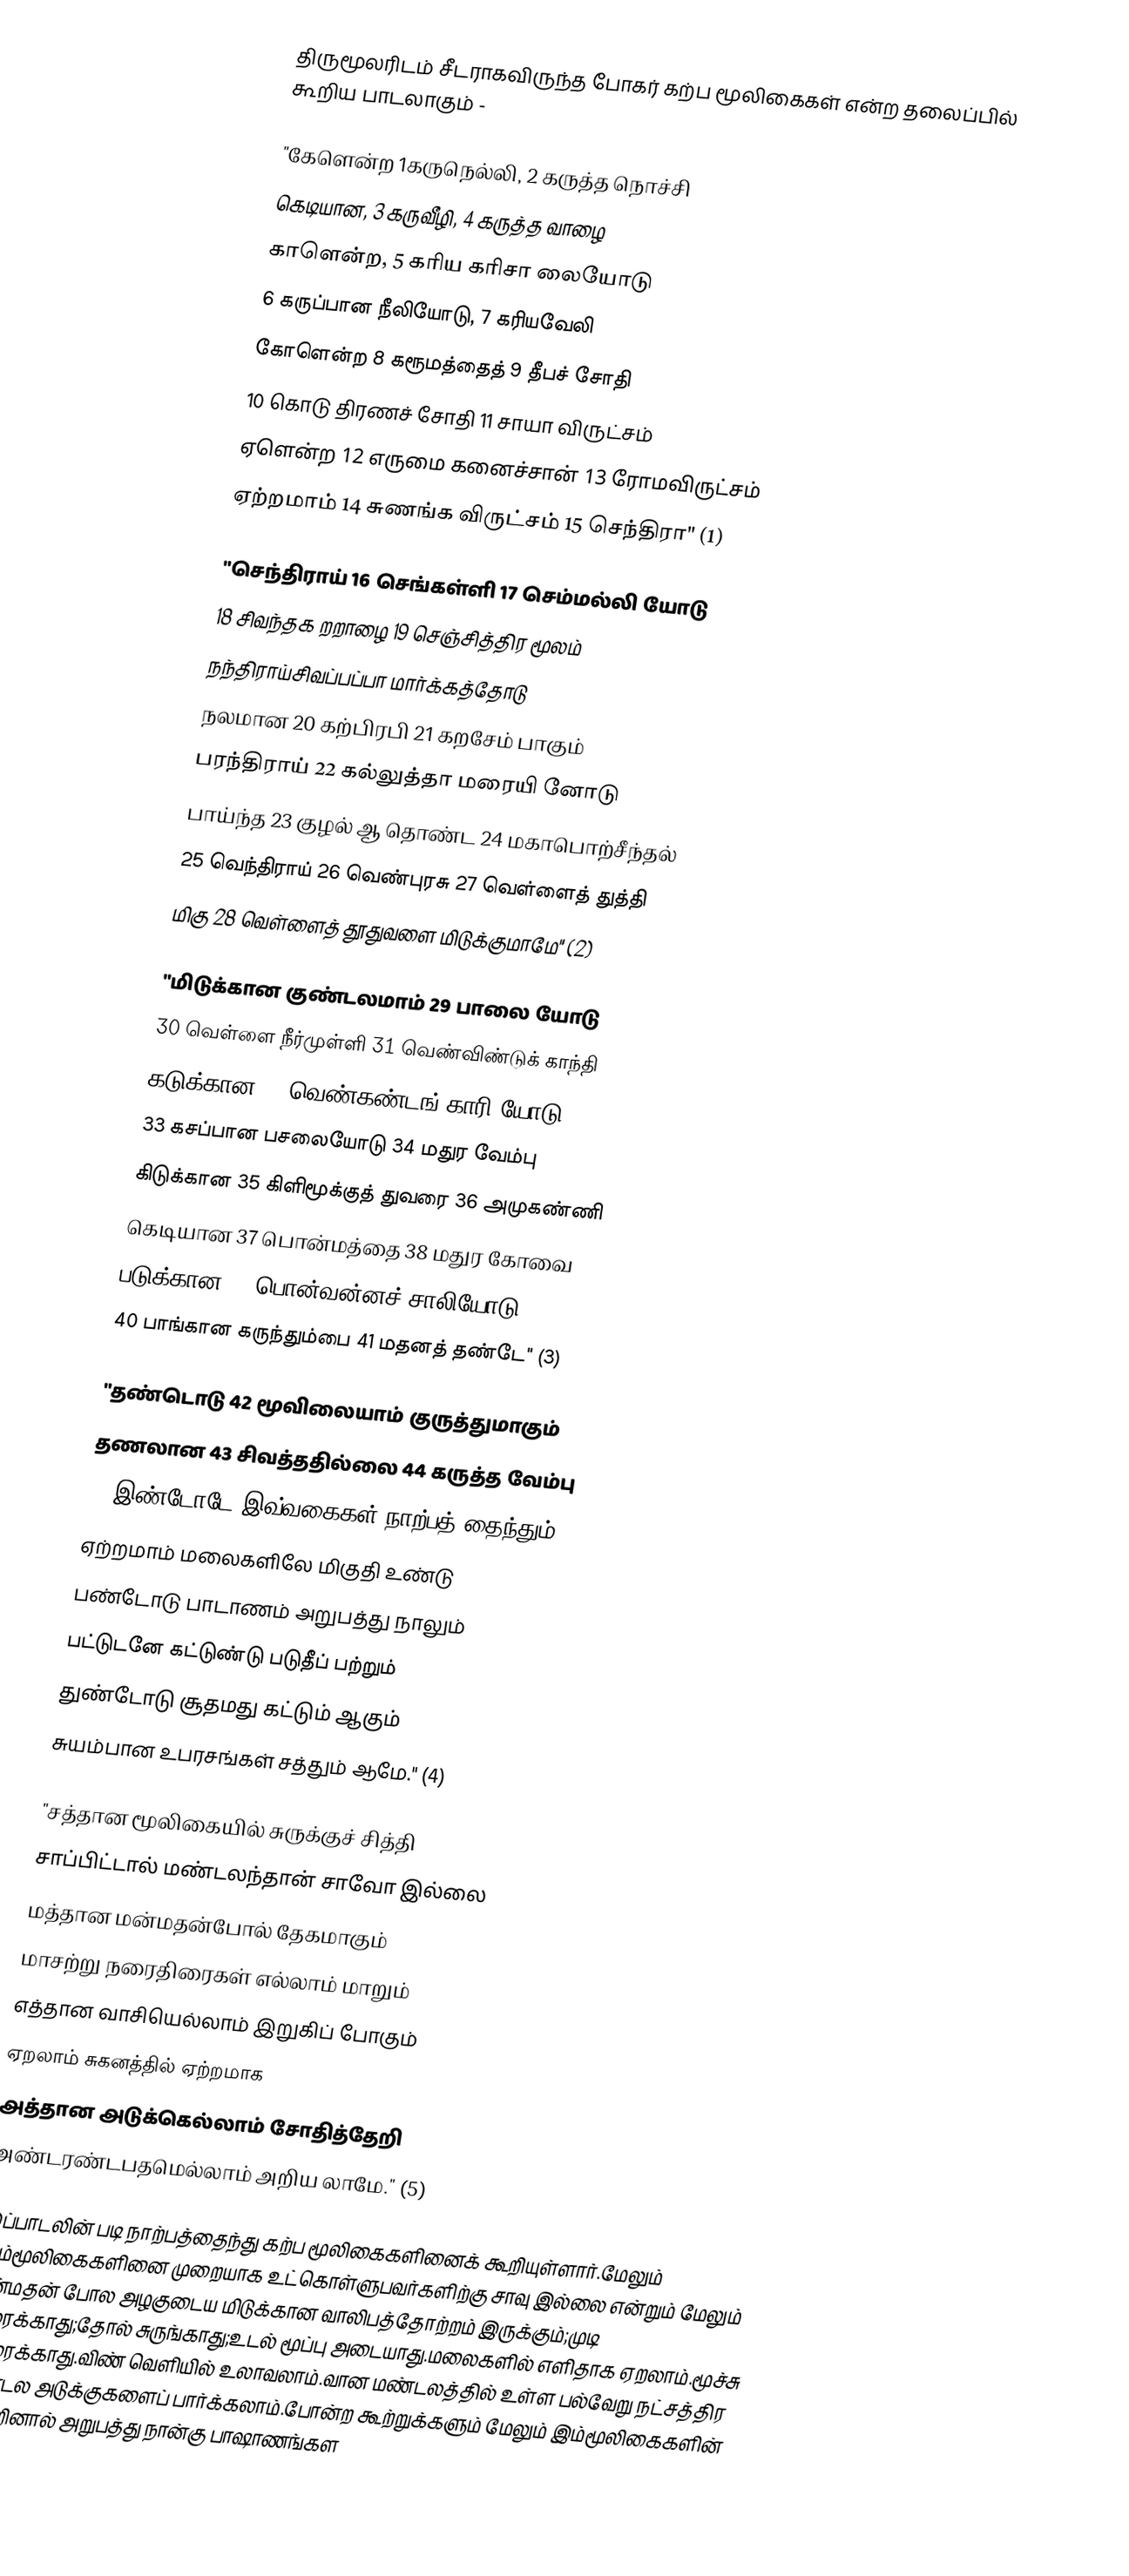
திருமூலரிடம் சீடராகவிருந்த போகர் கற்ப மூலிகைகள் என்ற தலைப்பில் கூறிய பாடலாகும் -

"கேளென்ற 1கருநெல்லி, 2 கருத்த நொச்சி
கெடியான, 3 கருவீழி, 4 கருத்த வாழை
காளென்ற, 5 கரிய கரிசா லையோடு
6 கருப்பான நீலியோடு, 7 கரியவேலி
கோளென்ற 8 கரூமத்தைத் 9 தீபச் சோதி
10 கொடு திரணச் சோதி 11 சாயா விருட்சம்
ஏளென்ற 12 எருமை கனைச்சான் 13 ரோமவிருட்சம்
ஏற்றமாம் 14 சுணங்க விருட்சம் 15 செந்திரா"  (1)

"செந்திராய் 16 செங்கள்ளி 17 செம்மல்லி யோடு
18 சிவந்தக றறாழை 19 செஞ்சித்திர மூலம்
நந்திராய்சிவப்பப்பா மார்க்கத்தோடு
நலமான 20 கற்பிரபி 21 கறசேம் பாகும்
பரந்திராய் 22 கல்லுத்தா மரையி னோடு
பாய்ந்த 23 குழல் ஆ தொண்ட 24  மகாபொற்சீந்தல்
25 வெந்திராய் 26 வெண்புரசு 27 வெள்ளைத் துத்தி
மிகு 28 வெள்ளைத் தூதுவளை மிடுக்குமாமே"  (2)

"மிடுக்கான குண்டலமாம் 29 பாலை யோடு
30 வெள்ளை நீர்முள்ளி 31 வெண்விண்டுக் காந்தி
கடுக்கான 32 வெண்கண்டங் காரி யோடு
33 கசப்பான பசலையோடு 34 மதுர வேம்பு
கிடுக்கான 35 கிளிமூக்குத் துவரை 36 அமுகண்ணி
கெடியான 37 பொன்மத்தை 38 மதுர கோவை
படுக்கான 39 பொன்வன்னச் சாலியோடு
40 பாங்கான கருந்தும்பை 41 மதனத் தண்டே"  (3)

"தண்டொடு 42 மூவிலையாம் குருத்துமாகும்
தணலான 43 சிவத்ததில்லை 44 கருத்த வேம்பு
45 இண்டோடே இவ்வகைகள் நாற்பத் தைந்தும்
ஏற்றமாம் மலைகளிலே மிகுதி உண்டு
பண்டோடு பாடாணம் அறுபத்து நாலும்
பட்டுடனே கட்டுண்டு படுதீப் பற்றும்
துண்டோடு சூதமது கட்டும் ஆகும்
சுயம்பான உபரசங்கள் சத்தும் ஆமே."  (4)

"சத்தான மூலிகையில் சுருக்குச் சித்தி
சாப்பிட்டால் மண்டலந்தான் சாவோ இல்லை
மத்தான மன்மதன்போல் தேகமாகும்
மாசற்று நரைதிரைகள் எல்லாம் மாறும்
எத்தான வாசியெல்லாம் இறுகிப் போகும்
ஏறலாம் சுகனத்தில் ஏற்றமாக
அத்தான அடுக்கெல்லாம் சோதித்தேறி
அண்டரண்டபதமெல்லாம் அறிய லாமே." (5)

இப்பாடலின் படி நாற்பத்தைந்து கற்ப மூலிகைகளினைக் கூறியுள்ளார்.மேலும் இம்மூலிகைகளினை முறையாக உட்கொள்ளுபவர்களிற்கு சாவு இல்லை என்றும் மேலும் மன்மதன் போல அழகுடைய மிடுக்கான வாலிபத்தோற்றம் இருக்கும்;முடி நரைக்காது;தோல் சுருங்காது;உடல் மூப்பு அடையாது.மலைகளில் எளிதாக ஏறலாம்.மூச்சு இரைக்காது.விண் வெளியில் உலாவலாம்.வான மண்டலத்தில் உள்ள பல்வேறு நட்சத்திர மண்டல அடுக்குகளைப் பார்க்கலாம்.போன்ற கூற்றுக்களும் மேலும் இம்மூலிகைகளின் சாற்றினால் அறுபத்து நான்கு பாஷாணங்கள